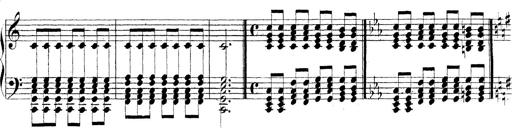
Title: Technische Studien
Composer: Franz Liszt